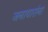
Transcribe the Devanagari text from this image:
जनावारांना